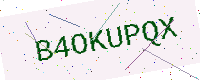
Text: B4OKUPQX